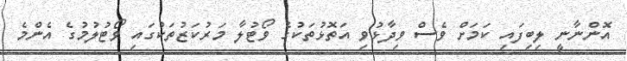
އޮންނާނީ ލިބިފައި ކަމަށް ވެސް ވިދާޅުވި އަތޮޅުތަކުގެ ވޯޓުލާ މަރުކަޒުތަކުގައި ވޯޓުލުމުގެ އެންމެ